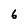
Character: 6